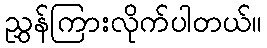
ညွှန်ကြားလိုက်ပါတယ်။